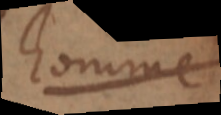
homme